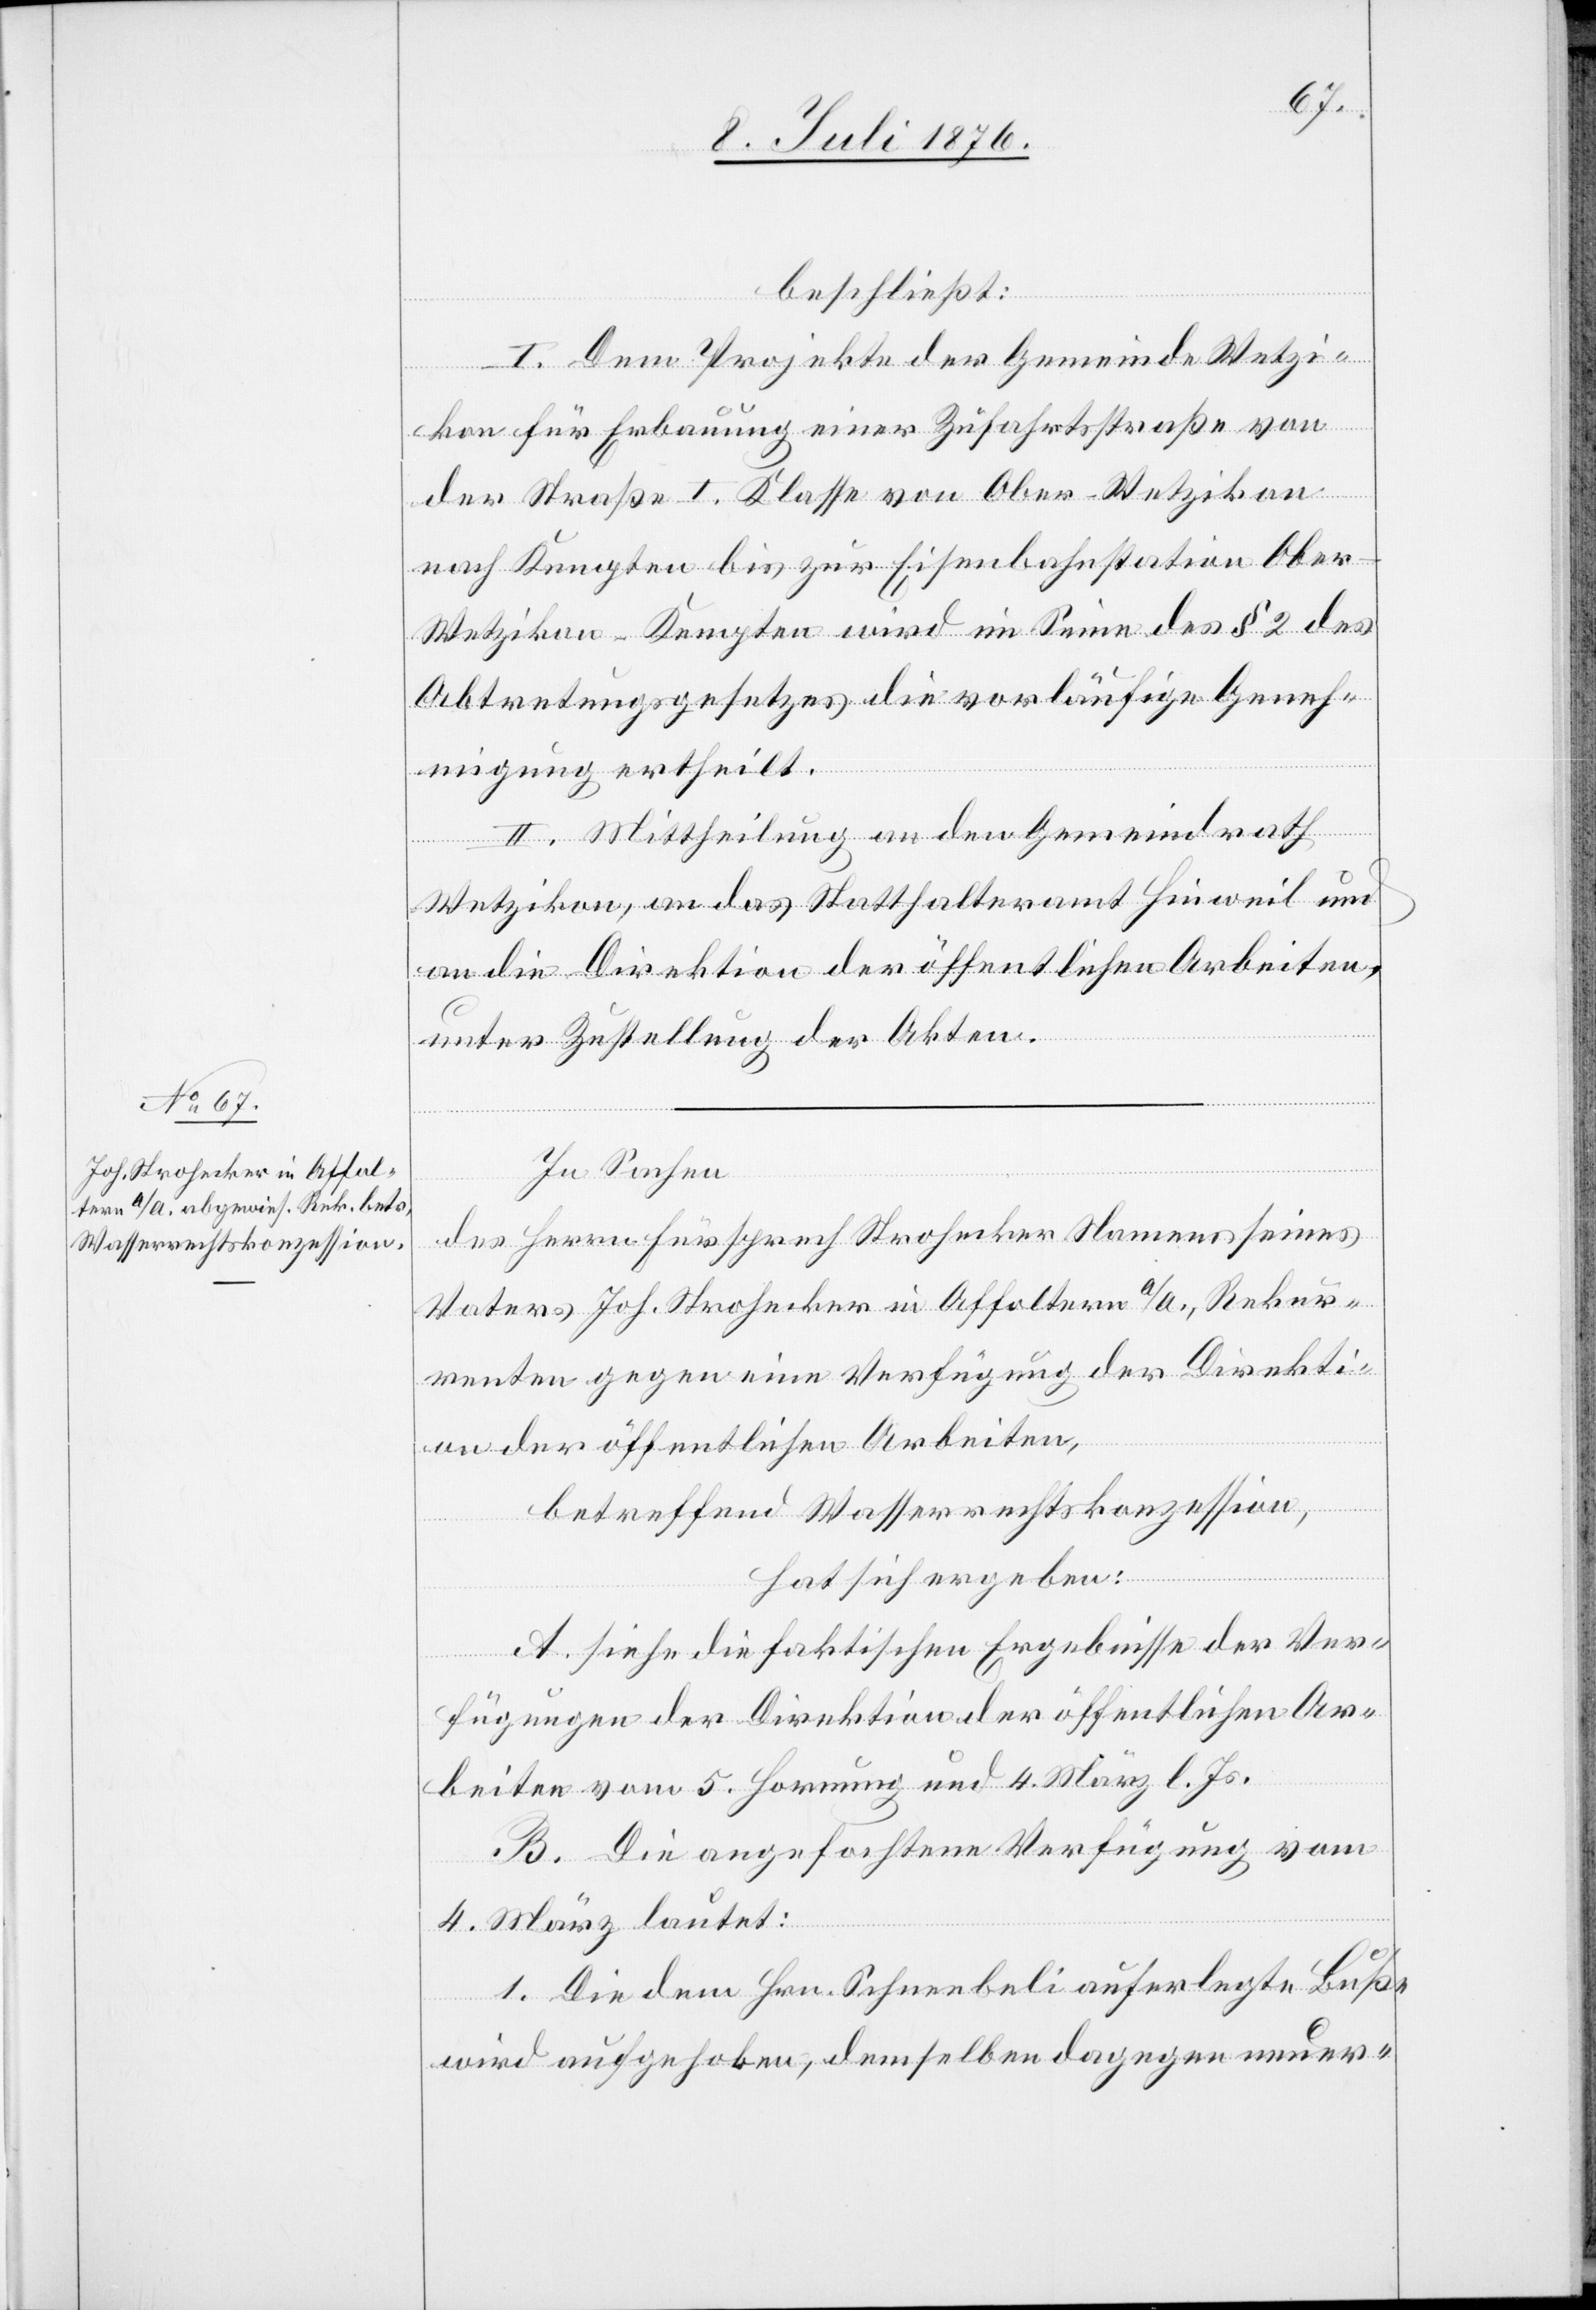
beschließt:
I. Dem Projekte der Gemeinde Wetzi¬
kon für Erbauung einer Zufahrtstraße von
der Straße I. Klasse von Ober-Wetzikon
nach Kempten bis zur Eisenbahnstation Ober-W¬
etzikon-Kempten wird im Sinne des § 2 des
Abtretungsgesetzes die vorläufige Geneh¬
migung ertheilt.
II. Mittheilung an den Gemeindrath
Wetzikon, an das Statthalteramt Hinweil und
an die Direktion der öffentlichen Arbeiten,
unter Zustellung der Akten.
In Sachen
des Herrn Fürsprech Strohecker Namens seines
Vaters Joh. Strohecker in Affoltern a/A., Rekur¬
renten gegen eine Verfügung der Direkti¬
on der öffentlichen Arbeiten,
betreffend Wasserrechtskonzession,
hat sich ergeben:
A. Siehe die faktischen Ergebnisse der Ver¬
fügungen der Direktion der öffentlichen Ar¬
beiten vom 5. Hornung und 4. März l. Js.
B. die angefochtene Verfügung vom
4. März lautet:
1. Die dem Hrn. Schneebeli auferlegte Buse
wird aufgehoben, demselben dagegen neuer-